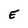
Character: E